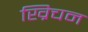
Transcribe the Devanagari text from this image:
ख्रिचन